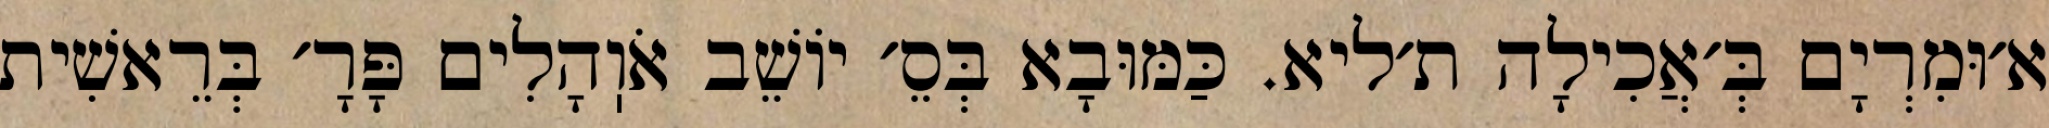
א׳וּמִרְיָם בְּ׳אֲכִילָה ת׳ליא. כַּמּוּבָא בְּסֵ׳ יוֹשֵׁב אֹוֽהָלִים פָּרָ׳ בְּרֵאשִׁית